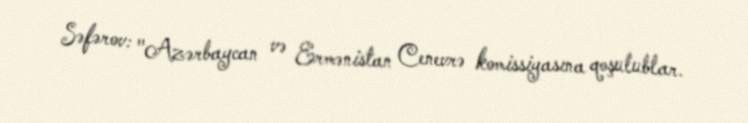
Səfərov: "Azərbaycan və Ermənistan Cenevrə komissiyasına qoşulublar.